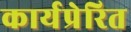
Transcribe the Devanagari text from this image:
कार्यप्रेरित